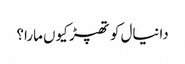
دانیال کو تھپڑ کیوں مارا؟